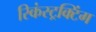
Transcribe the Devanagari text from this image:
रिकंस्ट्रक्टिंग